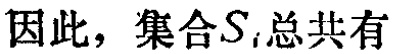
因此，集合\(S_{i}\)总共有